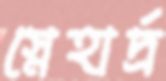
স্নেহার্দ্র